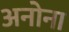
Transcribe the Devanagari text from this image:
अनोना